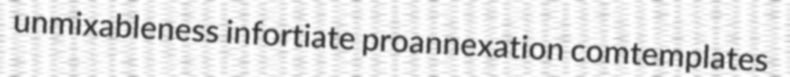
unmixableness infortiate proannexation comtemplates